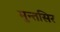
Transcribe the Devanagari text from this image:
मुन्तसिर